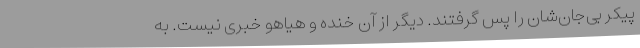
پیکر بی‌جان‌شان را پس گرفتند. دیگر از آن خنده و هیاهو خبری نیست. به